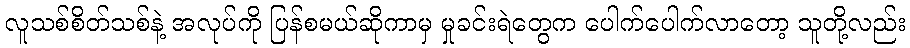
လူသစ်စိတ်သစ်နဲ့ အလုပ်ကို ပြန်စမယ်ဆိုကာမှ မှုခင်းရဲတွေက ပေါက်ပေါက်လာတော့ သူတို့လည်း